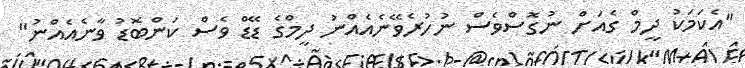
"އެކަމަކު ދީމް ގެއަށް ނުގޮސްވެސް ނުހުރެވޭނެއެއްނު ދީމްގެ ޑޭޑް ވެސް ކަންބޮޑު ވާނެއެއްނު"